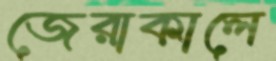
জেরাকালে